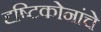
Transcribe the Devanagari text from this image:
दृष्टिकोनांचे